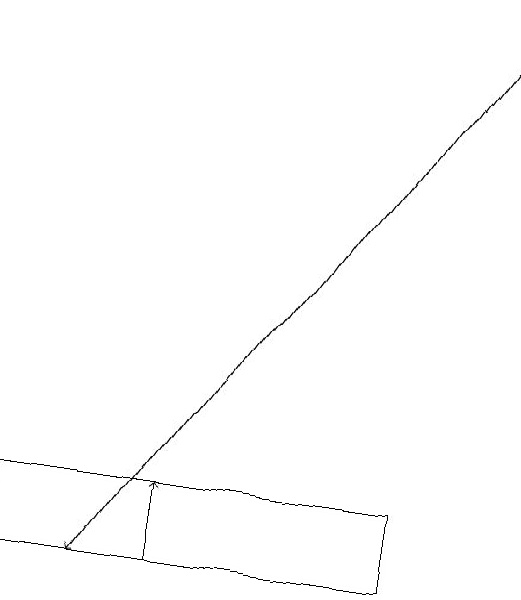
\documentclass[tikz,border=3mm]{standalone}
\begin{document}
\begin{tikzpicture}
\draw[->] (7,18) -- (2,11);
\draw[->] (3,11) -- (3,12);
\draw (6,11) rectangle (1,12);
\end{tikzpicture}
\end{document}